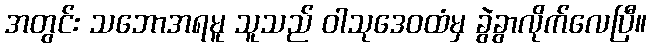
အတွင်း သဘောအရမူ သူသည် ဝါသုဒေဝထံမှ ခွဲခွာလိုက်လေပြီ။